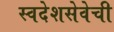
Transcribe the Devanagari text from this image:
स्वदेशसेवेची